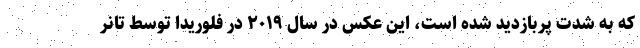
که به شدت پربازدید شده است، این عکس در سال ۲۰۱۹ در فلوریدا توسط تانر